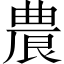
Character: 𭆒